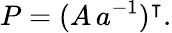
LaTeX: P=(A\, a^{-1})^{\intercal}.